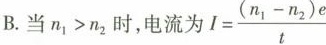
B.当$$n_{1}>n_{2}$$时，电流为$$I= \frac{(n_{1}-n_{2})e}{t}$$